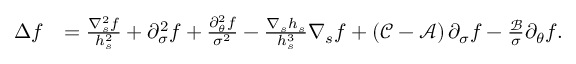
\begin{array} { r l } { \Delta f } & { = \frac { \nabla _ { s } ^ { 2 } f } { h _ { s } ^ { 2 } } + \partial _ { \sigma } ^ { 2 } f + \frac { \partial _ { \theta } ^ { 2 } f } { \sigma ^ { 2 } } - \frac { \nabla _ { s } h _ { s } } { h _ { s } ^ { 3 } } \nabla _ { s } f + \left( \mathcal { C } - \mathcal { A } \right) \partial _ { \sigma } f - \frac { \mathcal { B } } { \sigma } \partial _ { \theta } f . } \end{array}